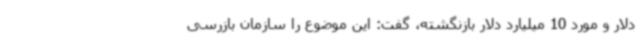
دلار و مورد 10 میلیارد دلار بازنگشته، گفت: این موضوع را سازمان بازرسی